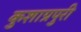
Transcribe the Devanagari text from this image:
कुशाग्रपुरी